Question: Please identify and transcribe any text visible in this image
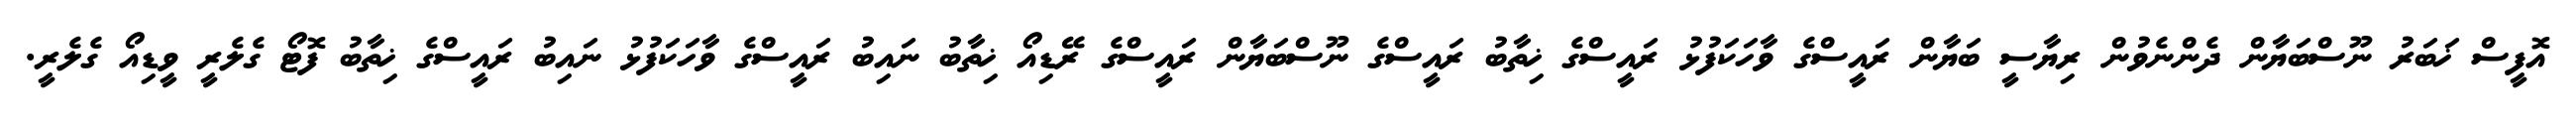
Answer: އޮފީސް ޚަބަރު ނޫސްބަޔާން ދެންނެވުން ރިޔާސީ ބަޔާން ރައީސްގެ ވާހަކަފުޅު ރައީސްގެ ޚިތާބު ރައީސްގެ ނޫސްބަޔާން ރައީސްގެ ރޭޑިއޯ ޚިތާބު ނައިބު ރައީސްގެ ވާހަކަފުޅު ނައިބު ރައީސްގެ ޚިތާބު ފޮޓޯ ގެލެރީ ވީޑިއޯ ގެލެރީ.